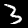
Digit: 3